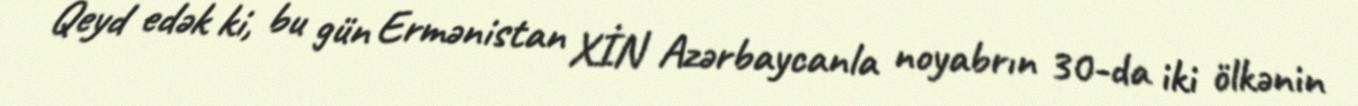
Qeyd edək ki, bu gün Ermənistan XİN Azərbaycanla noyabrın 30-da iki ölkənin